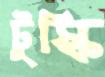
টুস্কি